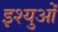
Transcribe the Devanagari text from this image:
इश्युओं